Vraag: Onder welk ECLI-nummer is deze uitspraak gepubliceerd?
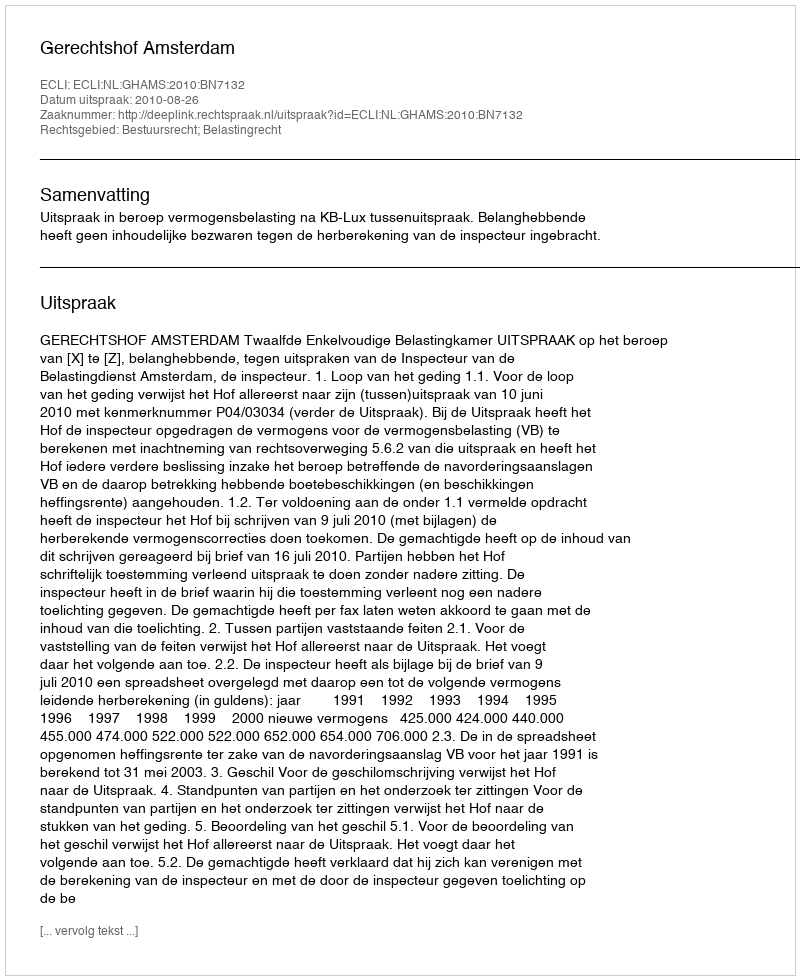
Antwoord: ECLI:NL:GHAMS:2010:BN7132